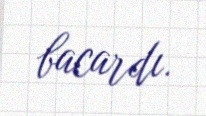
bacardı.